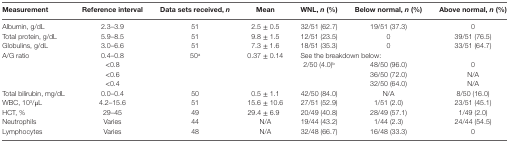
<table><thead><tr><td><b>Measurement</b></td><td><b>Reference interval</b></td><td><b>Data sets received, <i>n</i></b></td><td><b>Mean</b></td><td><b>WNL, <i>n</i> (%)</b></td><td><b>Below normal, <i>n</i> (%)</b></td><td><b>Above normal, <i>n</i> (%)</b></td></tr></thead><tbody><tr><td>Albumin, g/dL</td><td>2.3–3.9</td><td>51</td><td>2.5 ± 0.5</td><td>32/51 (62.7)</td><td>19/51 (37.3)</td><td>0</td></tr><tr><td>Total protein, g/dL</td><td>5.9–8.5</td><td>51</td><td>9.8 ± 1.5</td><td>12/51 (23.5)</td><td>0</td><td>39/51 (76.5)</td></tr><tr><td>Globulins, g/dL</td><td>3.0–6.6</td><td>51</td><td>7.3 ± 1.6</td><td>18/51 (35.3)</td><td>0</td><td>33/51 (64.7)</td></tr><tr><td rowspan="4">A/G ratio</td><td>0.4–0.8</td><td>50<sup>a</sup></td><td>0.37 ± 0.14</td><td colspan="3">See the breakdown below:</td></tr><tr><td>&lt;0.8</td><td></td><td></td><td>2/50 (4.0)<sup>b</sup></td><td>48/50 (96.0)</td><td>0</td></tr><tr><td>&lt;0.6</td><td></td><td></td><td></td><td>36/50 (72.0)</td><td>N/A</td></tr><tr><td>&lt;0.4</td><td></td><td></td><td></td><td>32/50 (64.0)</td><td>N/A</td></tr><tr><td>Total bilirubin, mg/dL</td><td>0.0–0.4</td><td>50</td><td>0.5 ± 1.1</td><td>42/50 (84.0)</td><td>N/A</td><td>8/50 (16.0)</td></tr><tr><td>WBC, 10<sup>3</sup>/μL</td><td>4.2–15.6</td><td>51</td><td>15.6 ± 10.6</td><td>27/51 (52.9)</td><td>1/51 (2.0)</td><td>23/51 (45.1)</td></tr><tr><td>HCT, %</td><td>29–45</td><td>49</td><td>29.4 ± 6.9</td><td>20/49 (40.8)</td><td>28/49 (57.1)</td><td>1/49 (2.0)</td></tr><tr><td>Neutrophils</td><td>Varies</td><td>44</td><td>N/A</td><td>19/44 (43.2)</td><td>1/44 (2.3)</td><td>24/44 (54.5)</td></tr><tr><td>Lymphocytes</td><td>Varies</td><td>48</td><td>N/A</td><td>32/48 (66.7)</td><td>16/48 (33.3)</td><td>0</td></tr></tbody></table>